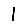
Digit: 1